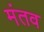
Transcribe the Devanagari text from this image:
मंतव